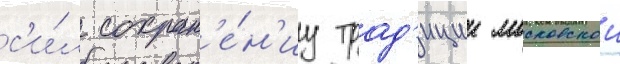
с'и́л сохран'е́н'иу трад'иции московскои